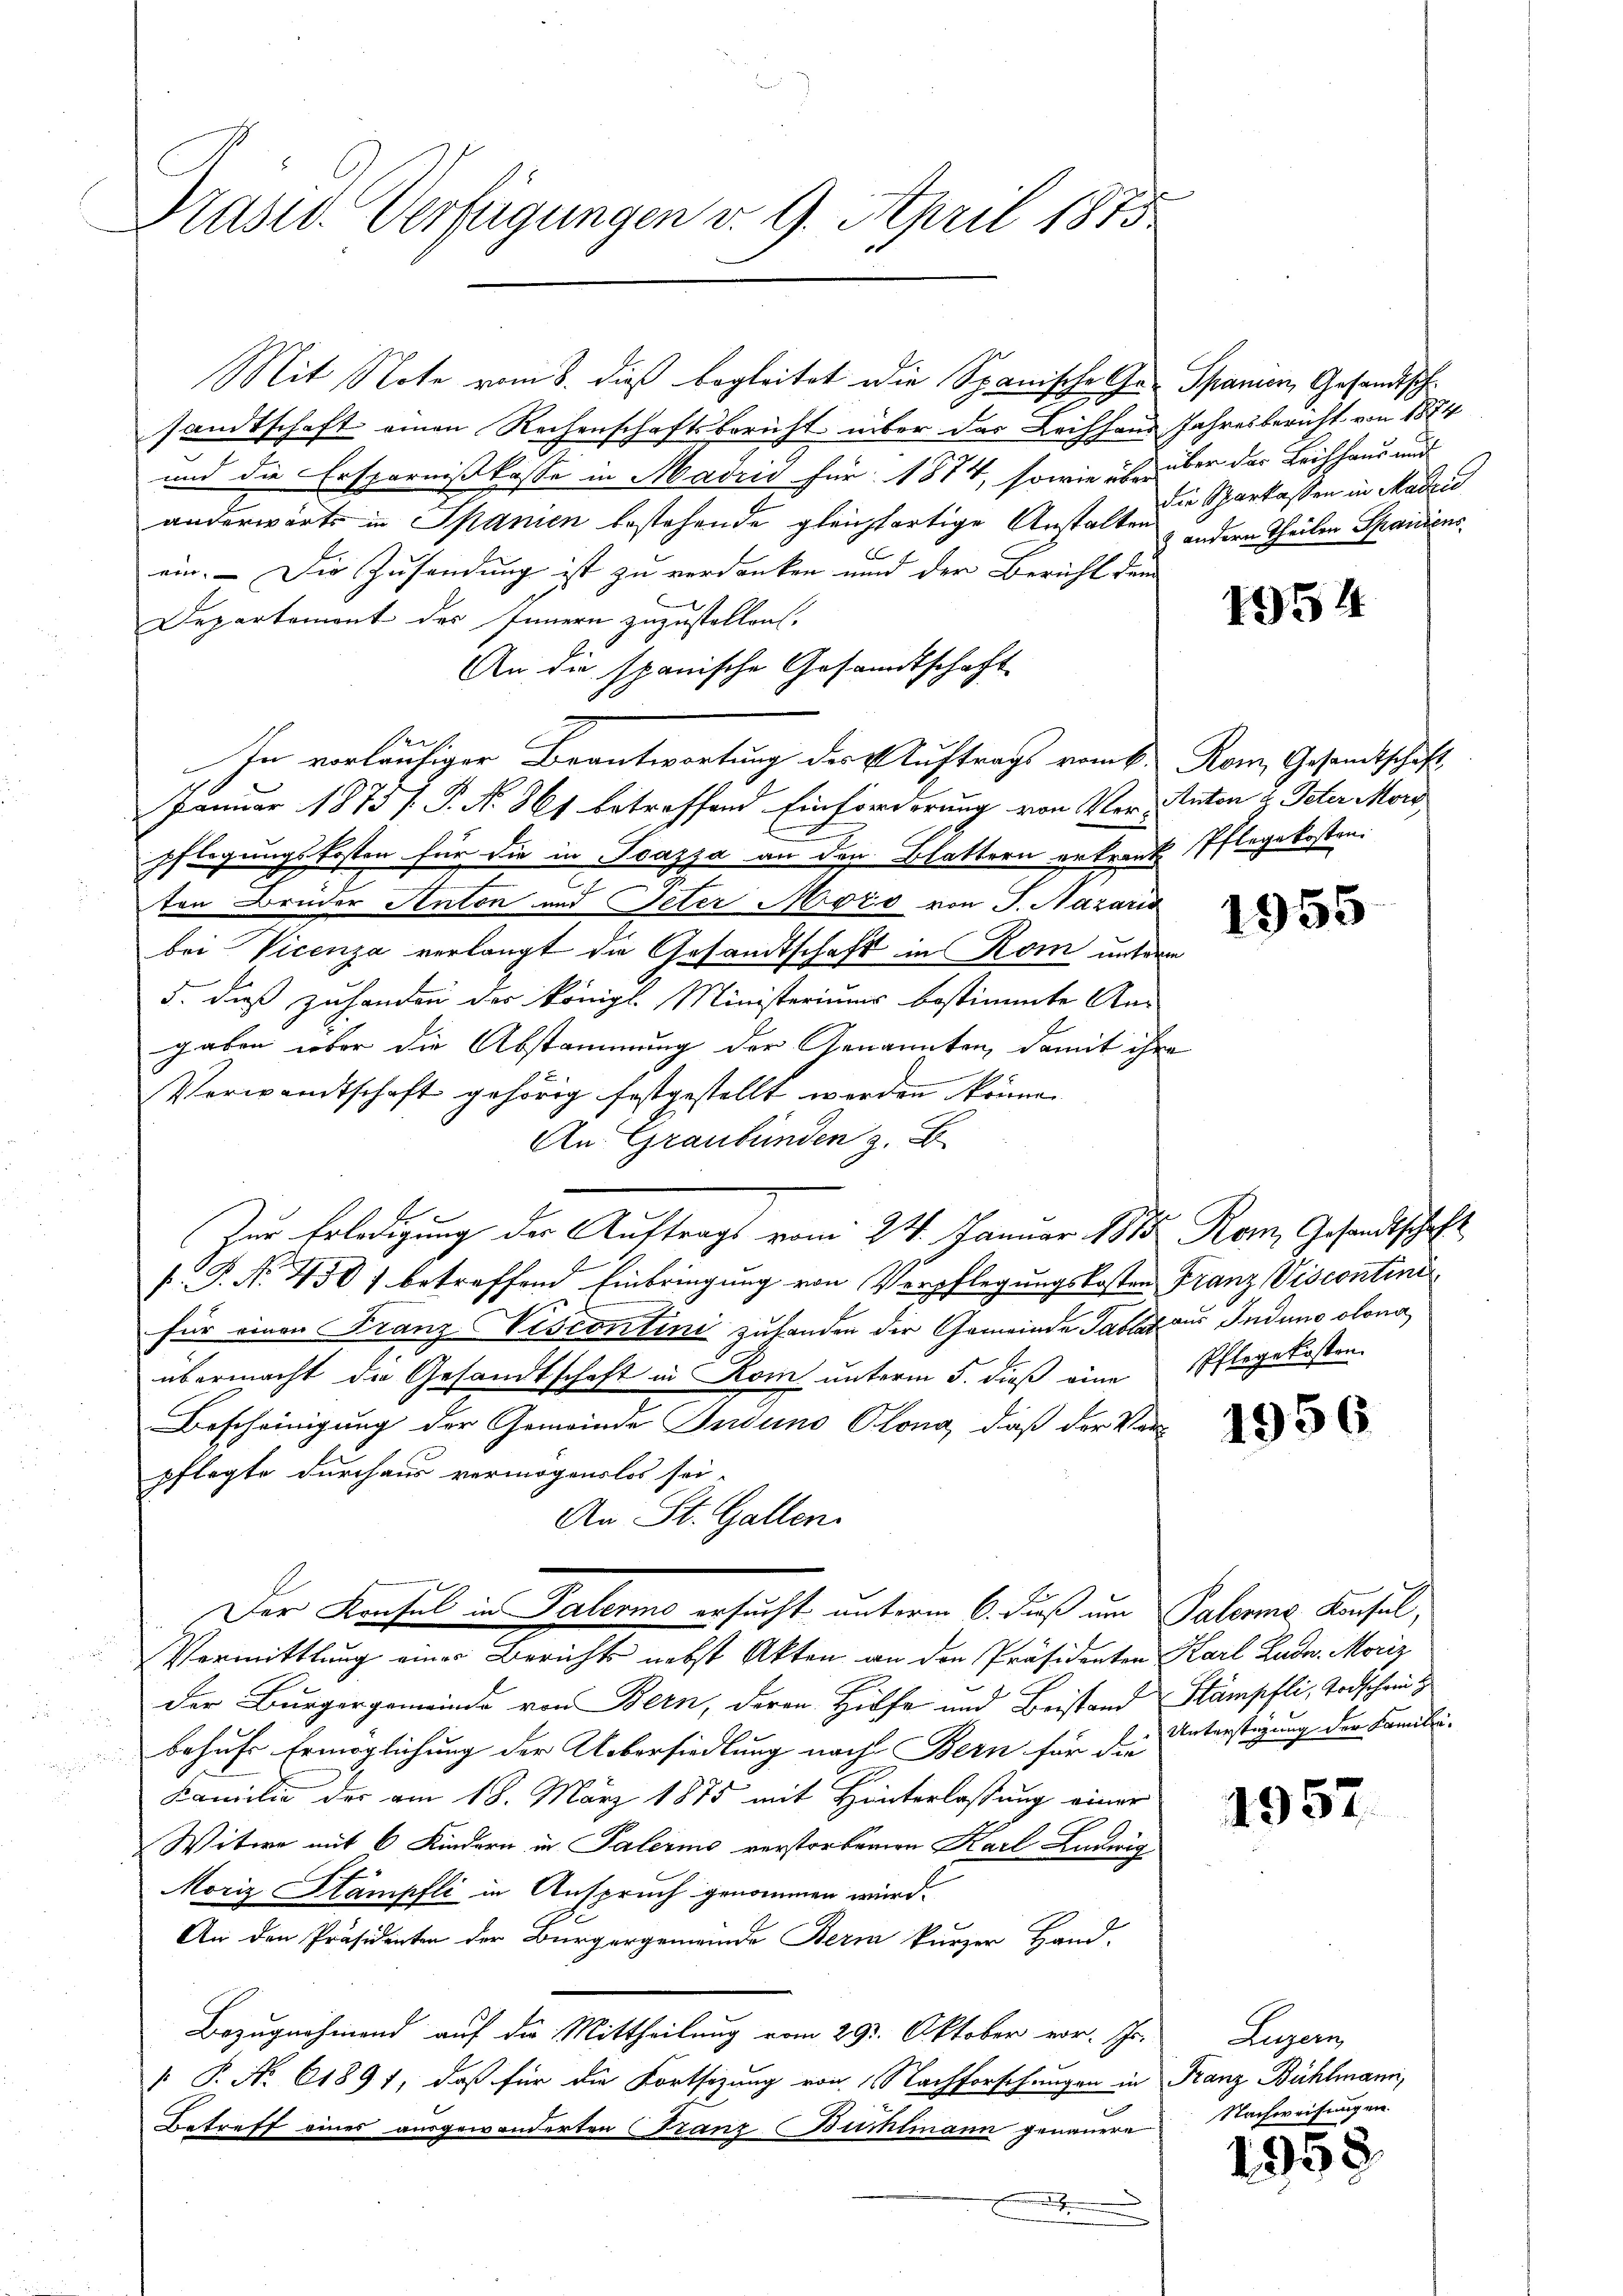
Prasso Verfügungen v. 9. April 1875

Mit Note vom 8. dieß begleitet die Spanische Hr. Spanien, Gesandtsch
sandtschaft einen Rechenschaftsbericht über das Leichhaus Jahresbericht von 1874
und die Ersparnißkasse in Madrid für 1874, sowie über über das Leichhaus und
anderwärts in Spanien bestehende gleichfartige Anstalten andern Theilen Spaidiensein. – Die Zusendung ist zu verdanken und der Bericht dem
Departement des Innern zuzustellen.
An die spanische Gesandtschaft

In vorläufiger Beantwortung der Auftrags vom k. Rom, Gesandtschaft
Januar 1875 f. P. Nr. 861 betreffend Einforderung von Ver- Anton & Peter Morg
E
pflegungskosten für die in Isazza an der Blattern erkranke Pflegekosten.
c
ten Bruder Anton und Peter Mord von J. Nazaris
bei Vicenza verlangt die Gesandtschaft in Rom unterm
5. dieß zuhanden der Königl. Ministeriums bestimmte An-
gaben über die Abstammung der Genannten, damit ihre
Verwandtschaft gehörig festgestellt werden könne.
An Graubünden z. B
Zur Erledigung der Auftrags vom 24. Januar 1888 Rom, Gesandtschaft
P.P. No 458) betreffend Einbringung von Verpflegungskosten Franz Viscontini
für einen Franz Viscontini zuhanden der Gemeinde Table aus Induno olona
übermacht die Gesandtschaft in Rom unterm 5. dieß eine Pflegekosten
Bescheinigung der Gemeinde Induno Plona, daß der Ver-
pflegte durchaus vermögenslos sei-
An St. Gallen.
Der Konsul in Palerme ersucht unterm 6. Fuß um Palerne Kisel,
Vermittlung eines Berichts nebst Akten an den Präsidenten Karl Luda. Moriz
Der Burgergemeinde von Bern, deren Hilfe und Beistand Stämpfli, Todschein
behufs Ermöglichung der Uebersiedlung nach Bern für die Unterstagung der Famili-
Familie der am 18. März 1875 mit Hinterlassung einer
Witwe mit 6 Kindern in Palermo verstorbenern Karl Ludwig
Moriz Stampfli in Anspruch genommen wird.
An den Präsidenten der Bürgergemeinde Berm kurzer Hand.
Bezugnahmend auf die Mittheilung vom 29. Oktober vor. Chr.
 P. No 61891, daß für die Fortsizung von Nachforschungen in Franz Bühlmann,
Betreff eines ausgewanderten Franz Bumtmann genauern

die Sparkassen in Madrid

1954

1955

1956

1957

Luzern,
Nachereichungen.

1958